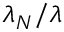
\lambda _ { N } / \lambda